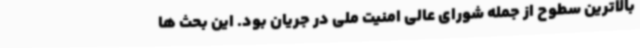
بالاترین سطوح از جمله شورای عالی امنیت ملی در جریان بود. این بحث ها